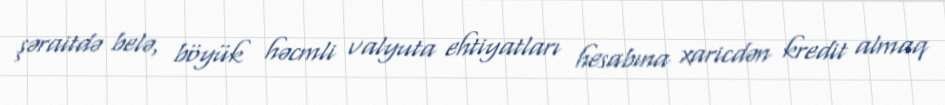
şəraitdə belə, böyük həcmli valyuta ehtiyatları hesabına xaricdən kredit almaq